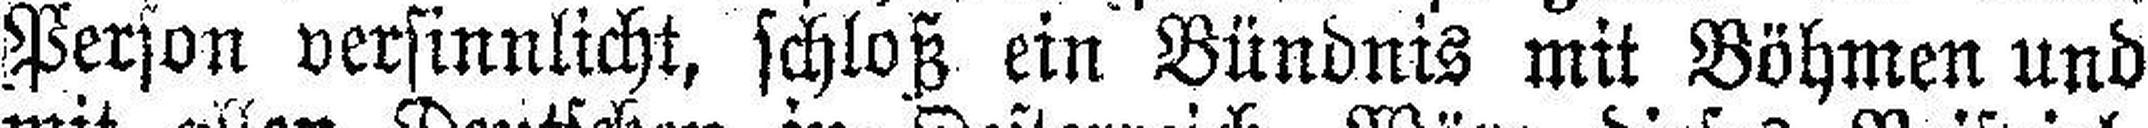
Person versinnlicht, schloß ein Bündnis mit Böhmen und